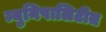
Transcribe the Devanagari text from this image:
म्युनिपालिटीत